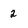
Character: 2